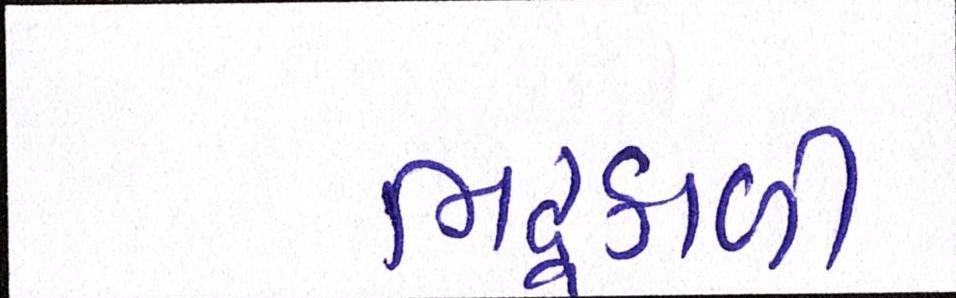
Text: ભદ્રકાળી